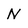
Character: N